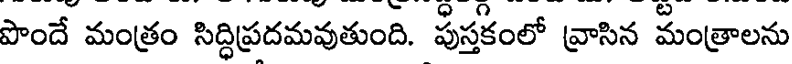
పొందే మంత్రం సిద్ధిప్రదమవుతుంది. పుస్తకంలో వ్రాసిన మంత్రాలను